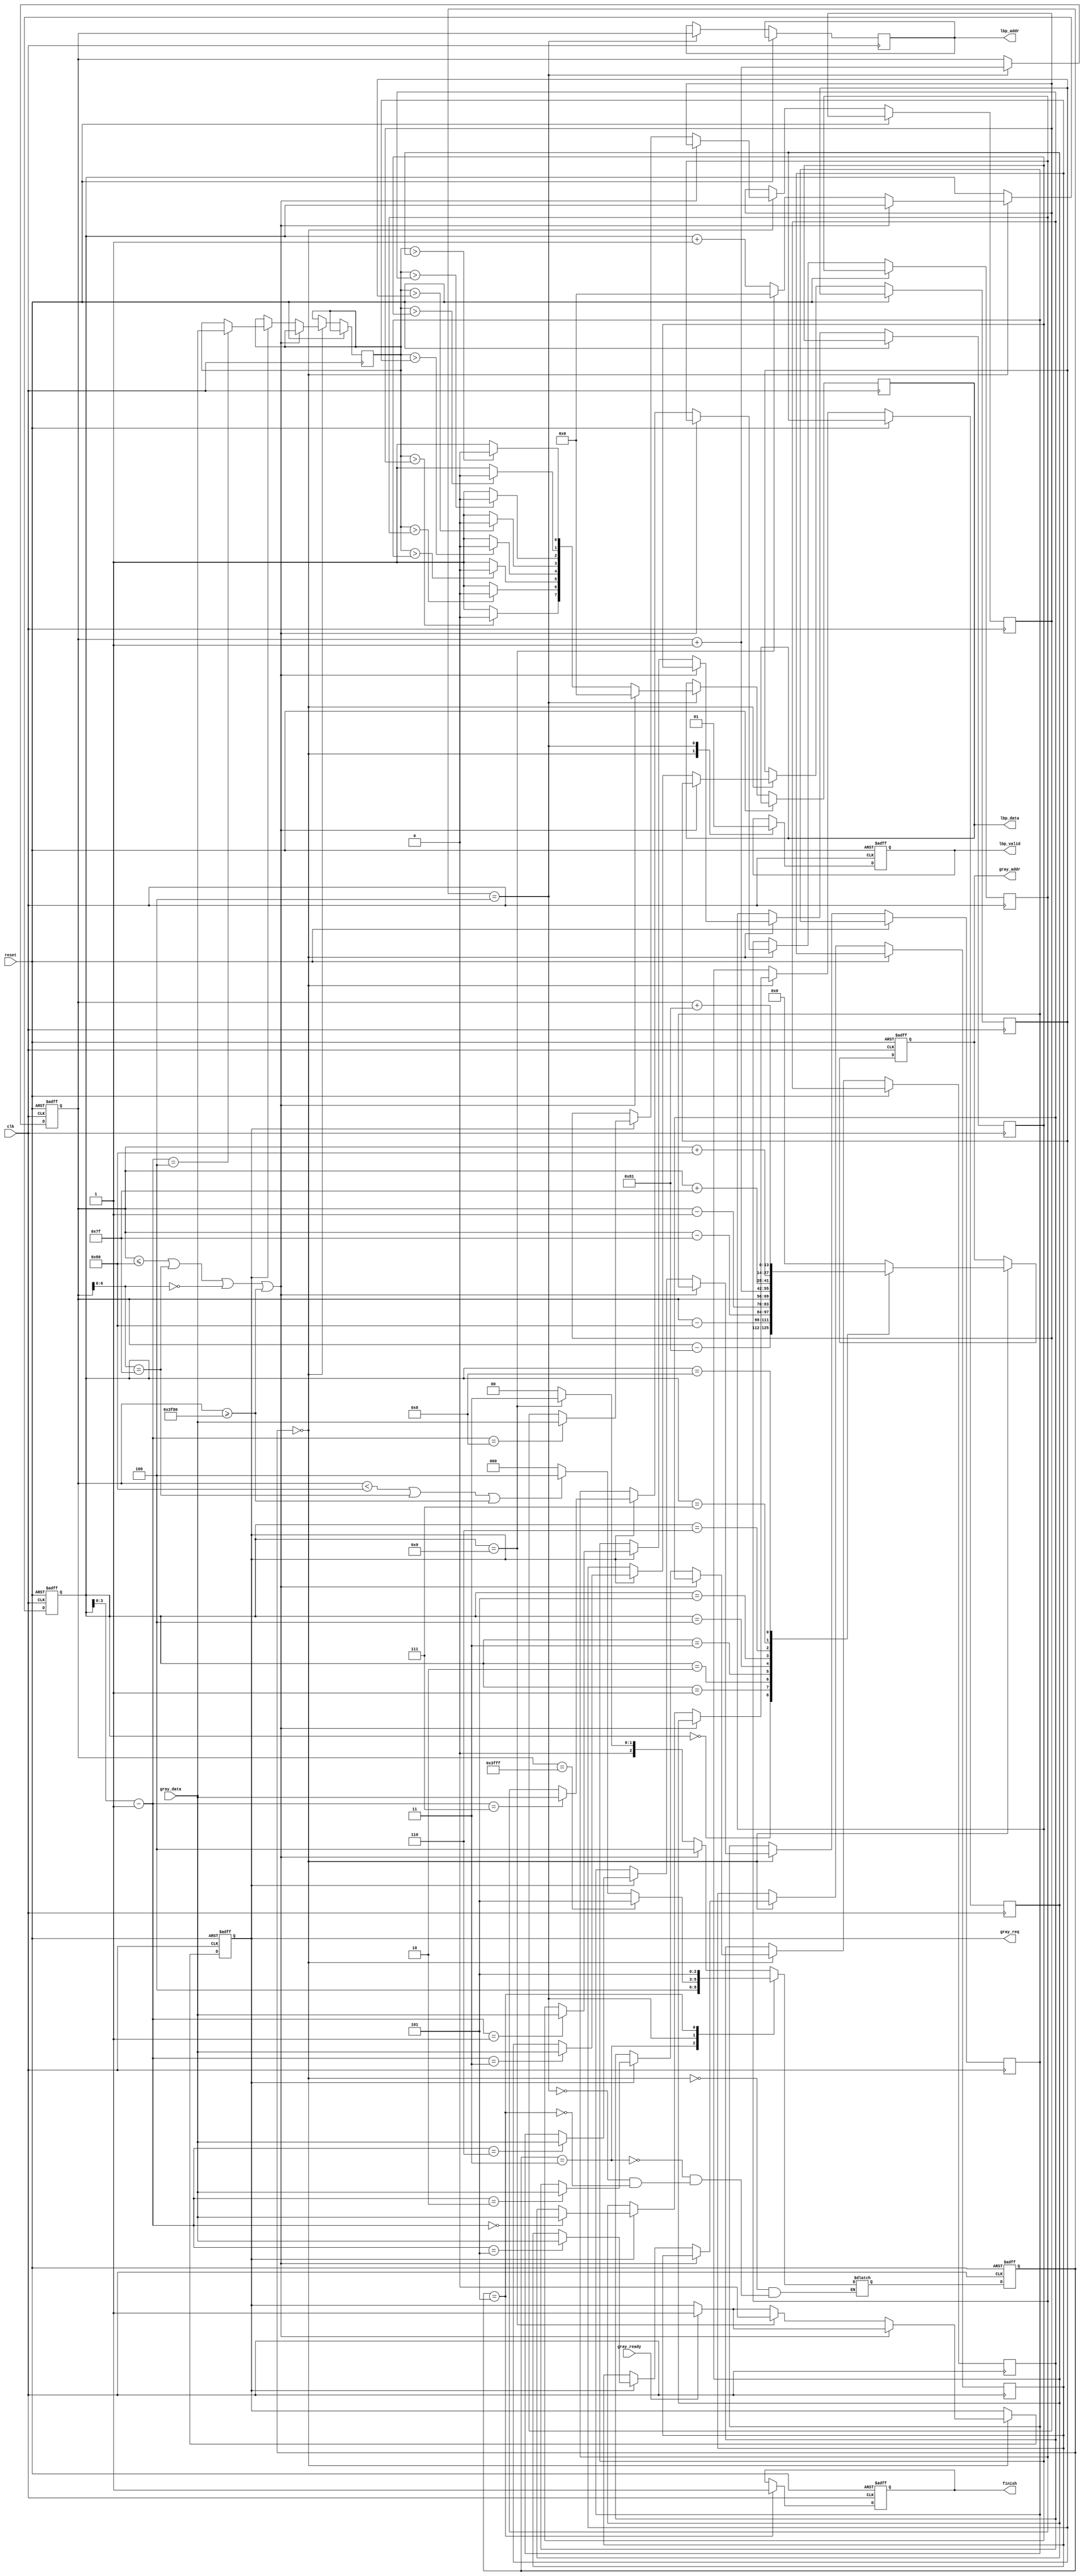

`timescale 1ns/10ps
module LBP ( clk, reset, gray_addr, gray_req, gray_ready, gray_data, lbp_addr, lbp_valid, lbp_data, finish);
input   	clk;
input   	reset;
output  reg [13:0] 	gray_addr;
output  reg        	gray_req;
input   	gray_ready;
input   [7:0] 	gray_data;
output  reg [13:0] 	lbp_addr;
output  reg     	lbp_valid;
output  reg [7:0] 	lbp_data;
output  reg     	finish;

//reg
reg [2:0] curt_state;
reg [2:0] next_state;
reg [7:0] addr_counter_x;
reg [7:0] addr_counter_y;
reg [13:0] pixel_addr;
reg [13:0] next_gray_addr;
reg [8:0] result;
reg first_flag;

reg [7:0] image_buffer[8:0];
// reg [8:0] data_buffer[8:0];
// reg [8:0] temp_buffer[8:0];
reg result_buffer[8:0];
reg [7:0] image_buffer_counter;

//State
localparam READ = 0;
localparam OTHER_READ = 1;
localparam CAL = 2;
localparam MOVE = 3;
localparam WRITE_OUT = 4; 
localparam DONE = 5; 

//C 
always @( * ) // State Control ( next state condition )
begin 
    case ( curt_state )
        READ : 
        begin            
            // the lastest line
            if( pixel_addr == 16383)
                next_state = DONE;
            // Outer box is zero
            if( pixel_addr <= 128 || pixel_addr[6:0] == 127 || pixel_addr[6:0] == 0 || pixel_addr >= 16256)
                next_state = WRITE_OUT;
            else
            begin
                if ( image_buffer_counter == 9 )
                    next_state = MOVE;
                else     
                    next_state = READ;
            end
        end
        // CAL : 
        // begin
        //     next_state = MOVE;
        // end
        MOVE : 
        begin
            next_state = WRITE_OUT;
        end
        WRITE_OUT : 
        begin
            if ( pixel_addr == 16383 )
                next_state = DONE;
            else if ( pixel_addr < 128 || pixel_addr[6:0] == 127 || pixel_addr >= 16256)
                next_state = WRITE_OUT;
            else
                next_state = READ;
        end
        DONE :
        begin
            next_state = DONE;
        end
    endcase    
end


// Compute data_buff address
// Cal position
always @( * ) 
begin
    case( image_buffer_counter )
        0 : next_gray_addr = pixel_addr - 129;
        1 : next_gray_addr = pixel_addr - 128;
        2 : next_gray_addr = pixel_addr - 127;
        3 : next_gray_addr = pixel_addr - 1  ;
        4 : next_gray_addr = pixel_addr      ;
        5 : next_gray_addr = pixel_addr + 1  ;
        6 : next_gray_addr = pixel_addr + 127; 
        7 : next_gray_addr = pixel_addr + 128;
        8 : next_gray_addr = pixel_addr + 129;
        default: next_gray_addr = 0;
	endcase
end

// Determine 1 or 0
always @( * ) 
begin
    result_buffer[1] <= ( image_buffer[4] > image_buffer[1] ) ? 0:1;
    result_buffer[0] <= ( image_buffer[4] > image_buffer[0] ) ? 0:1;
    result_buffer[2] <= ( image_buffer[4] > image_buffer[2] ) ? 0:1;
    result_buffer[3] <= ( image_buffer[4] > image_buffer[3] ) ? 0:1;
    result_buffer[4] <= image_buffer[4];
    result_buffer[5] <= ( image_buffer[4] > image_buffer[5] ) ? 0:1;
    result_buffer[6] <= ( image_buffer[4] > image_buffer[6] ) ? 0:1;
    result_buffer[7] <= ( image_buffer[4] > image_buffer[7] ) ? 0:1;
    result_buffer[8] <= ( image_buffer[4] > image_buffer[8] ) ? 0:1;
end

// Output Result
always @( * ) 
begin
    if ( pixel_addr <= 128 || pixel_addr[6:0] == 127 || pixel_addr[6:0] == 0 || pixel_addr >= 16256)
        result <= 0;
    else 
        result <= {
            8'b0,
            result_buffer[8],//2*7
            result_buffer[7],//2*6
            result_buffer[6],//2*5
            result_buffer[5],//2*4
            result_buffer[3],//2*3
            result_buffer[2],//2*2
            result_buffer[1],//2*1
            result_buffer[0] //2*0
            };
end

//S Circuit
always @( posedge clk or posedge reset) // Data process and control signal
begin 
    //Initial, active high asynchronous
    if ( reset ) 
    begin     
        curt_state     <= 0; 
        addr_counter_x <= 0;
        addr_counter_y <= 0;
        gray_req       <= 0;
        gray_addr      <= 0;
        lbp_valid      <= 0;
        finish         <= 0;
        pixel_addr     <= 0;
        image_buffer_counter <= 0;
        first_flag <= 1;

        // temp_buffer[0] <= 0;
        // temp_buffer[1] <= 0;
        // temp_buffer[2] <= 0;
        // temp_buffer[3] <= 0;
        // temp_buffer[4] <= 0;
        // temp_buffer[5] <= 0;
        // temp_buffer[6] <= 0;
        // temp_buffer[7] <= 0;
        // temp_buffer[8] <= 0;

    end 
    else 
    begin
        curt_state <= next_state; 
        
        case ( curt_state )
            READ : 
            begin
                lbp_valid <= 0;
                if( gray_ready == 1)
                begin                    
                    gray_req  <= 1;
                end  

                gray_addr <= next_gray_addr;

                if ( pixel_addr <= 128 || pixel_addr[6:0] == 127 || pixel_addr[6:0] == 0 || pixel_addr >= 16256)
                begin
                    
                end
                else
                begin
                    image_buffer_counter <= image_buffer_counter + 1;   
                    // if( first_flag )
                    // begin
                    //     image_buffer_counter <= image_buffer_counter + 1;        
                    // end      
                    // else
                    // begin
                    //     image_buffer_counter <= image_buffer_counter + 3;
                    // end  
                    
                    
                    if( gray_req )
                    begin      
                        image_buffer[image_buffer_counter - 1] <= gray_data;                         
                    end

                    if( image_buffer_counter == 9 )
                    begin
                        // first_flag <= 0;
                        gray_req <= 0;
                        image_buffer_counter <= 0;
                        // addr_counter_x <= addr_counter_x + 1; 
                    end
                end 
            end  
                      
            // CAL : 
            // begin  
            //     // if( first_flag )
            //     // begin
            //     //     data_buffer[0] <= image_buffer[0];
            //     //     data_buffer[1] <= image_buffer[1];
            //     //     data_buffer[2] <= image_buffer[2];
            //     //     data_buffer[3] <= image_buffer[3];               
            //     //     data_buffer[4] <= image_buffer[4];
            //     //     data_buffer[5] <= image_buffer[5];
            //     //     data_buffer[6] <= image_buffer[6]; 
            //     //     data_buffer[7] <= image_buffer[7]; 
            //     //     data_buffer[8] <= image_buffer[8];
            //     // end
            //     // else
            //     // begin
            //     //     data_buffer[0] <= temp_buffer[1];
            //     //     data_buffer[1] <= temp_buffer[2];
            //     //     data_buffer[2] <= image_buffer[2];
            //     //     data_buffer[3] <= temp_buffer[4];               
            //     //     data_buffer[4] <= temp_buffer[5];
            //     //     data_buffer[5] <= image_buffer[5];
            //     //     data_buffer[6] <= temp_buffer[7]; 
            //     //     data_buffer[7] <= temp_buffer[8]; 
            //     //     data_buffer[8] <= image_buffer[8];
            //     // end
                
            // end
            // MOVE :
            // begin   

            //     temp_buffer[0] <= image_buffer[0];
            //     temp_buffer[1] <= image_buffer[1];
            //     temp_buffer[2] <= image_buffer[2];
            //     temp_buffer[3] <= image_buffer[3];                
            //     temp_buffer[4] <= image_buffer[4];
            //     temp_buffer[5] <= image_buffer[5];
            //     temp_buffer[6] <= image_buffer[6]; 
            //     temp_buffer[7] <= image_buffer[7];
            //     temp_buffer[8] <= image_buffer[8]; 
                
            // end
            WRITE_OUT : 
            begin                
                lbp_addr <= pixel_addr;
                lbp_data <= result;
                lbp_valid <= 1;
                pixel_addr <= pixel_addr + 1;
            end
            DONE : 
            begin
                finish <= 1;
            end
        endcase 
        
    end
end 


endmodule